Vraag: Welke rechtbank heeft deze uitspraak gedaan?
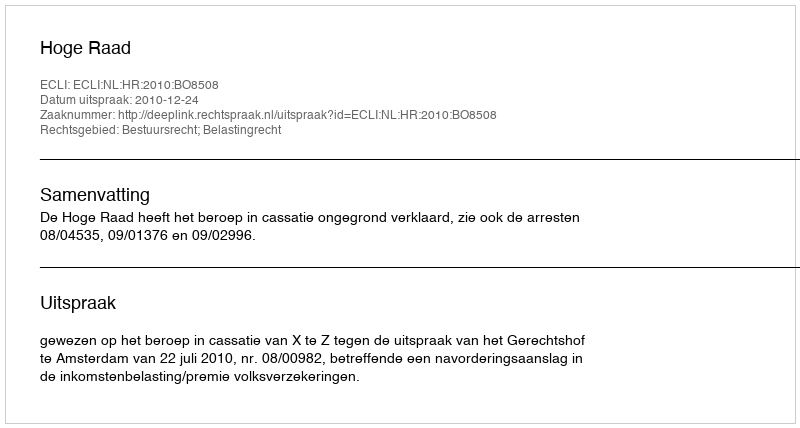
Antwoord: Hoge Raad